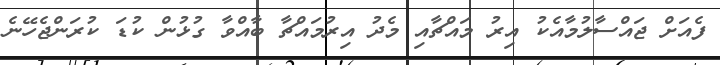
ފެއަށް ޖައްސާލުމާއެކު އިރު މައްޗާއި މެދު އިރުމައްޗާ ބާއްވާ ގުޅުން ކުޑަ ކުރަންޖެހޭނެ